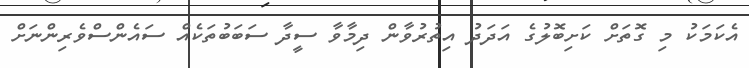
އެކަމަކު މި ގޮތަށް ކަށިބޮލުގެ އަދަދު އިތުރުވާން ދިމާވާ ސީދާ ސަބަބުތަކެއް ސައެންސްވެރިންނަށް